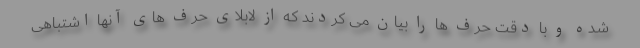
شده و با دقت حرف ها را بیان می کردند که از لابلای حرف های آنها اشتباهی